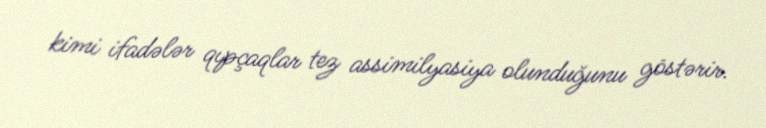
kimi ifadələr qıpçaqlar tez assimilyasiya olunduğunu göstərir.